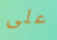
على